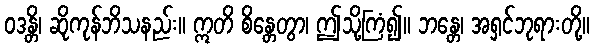
ဝဒန္တိ၊ ဆိုကုန်ဘိသနည်း။ ဣတိ စိန္တေတွာ၊ ဤသို့ကြံ၍။ ဘန္တေ၊ အရှင်ဘုရားတို့။